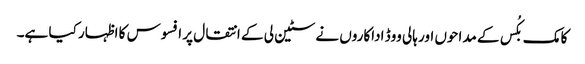
کامک بکُس کے مداحوں اور ہالی ووڈ اداکاروں نے سٹین لی کے انتقال پر افسوس کا اظہار کیا ہے۔